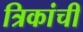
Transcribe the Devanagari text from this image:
त्रिकांची